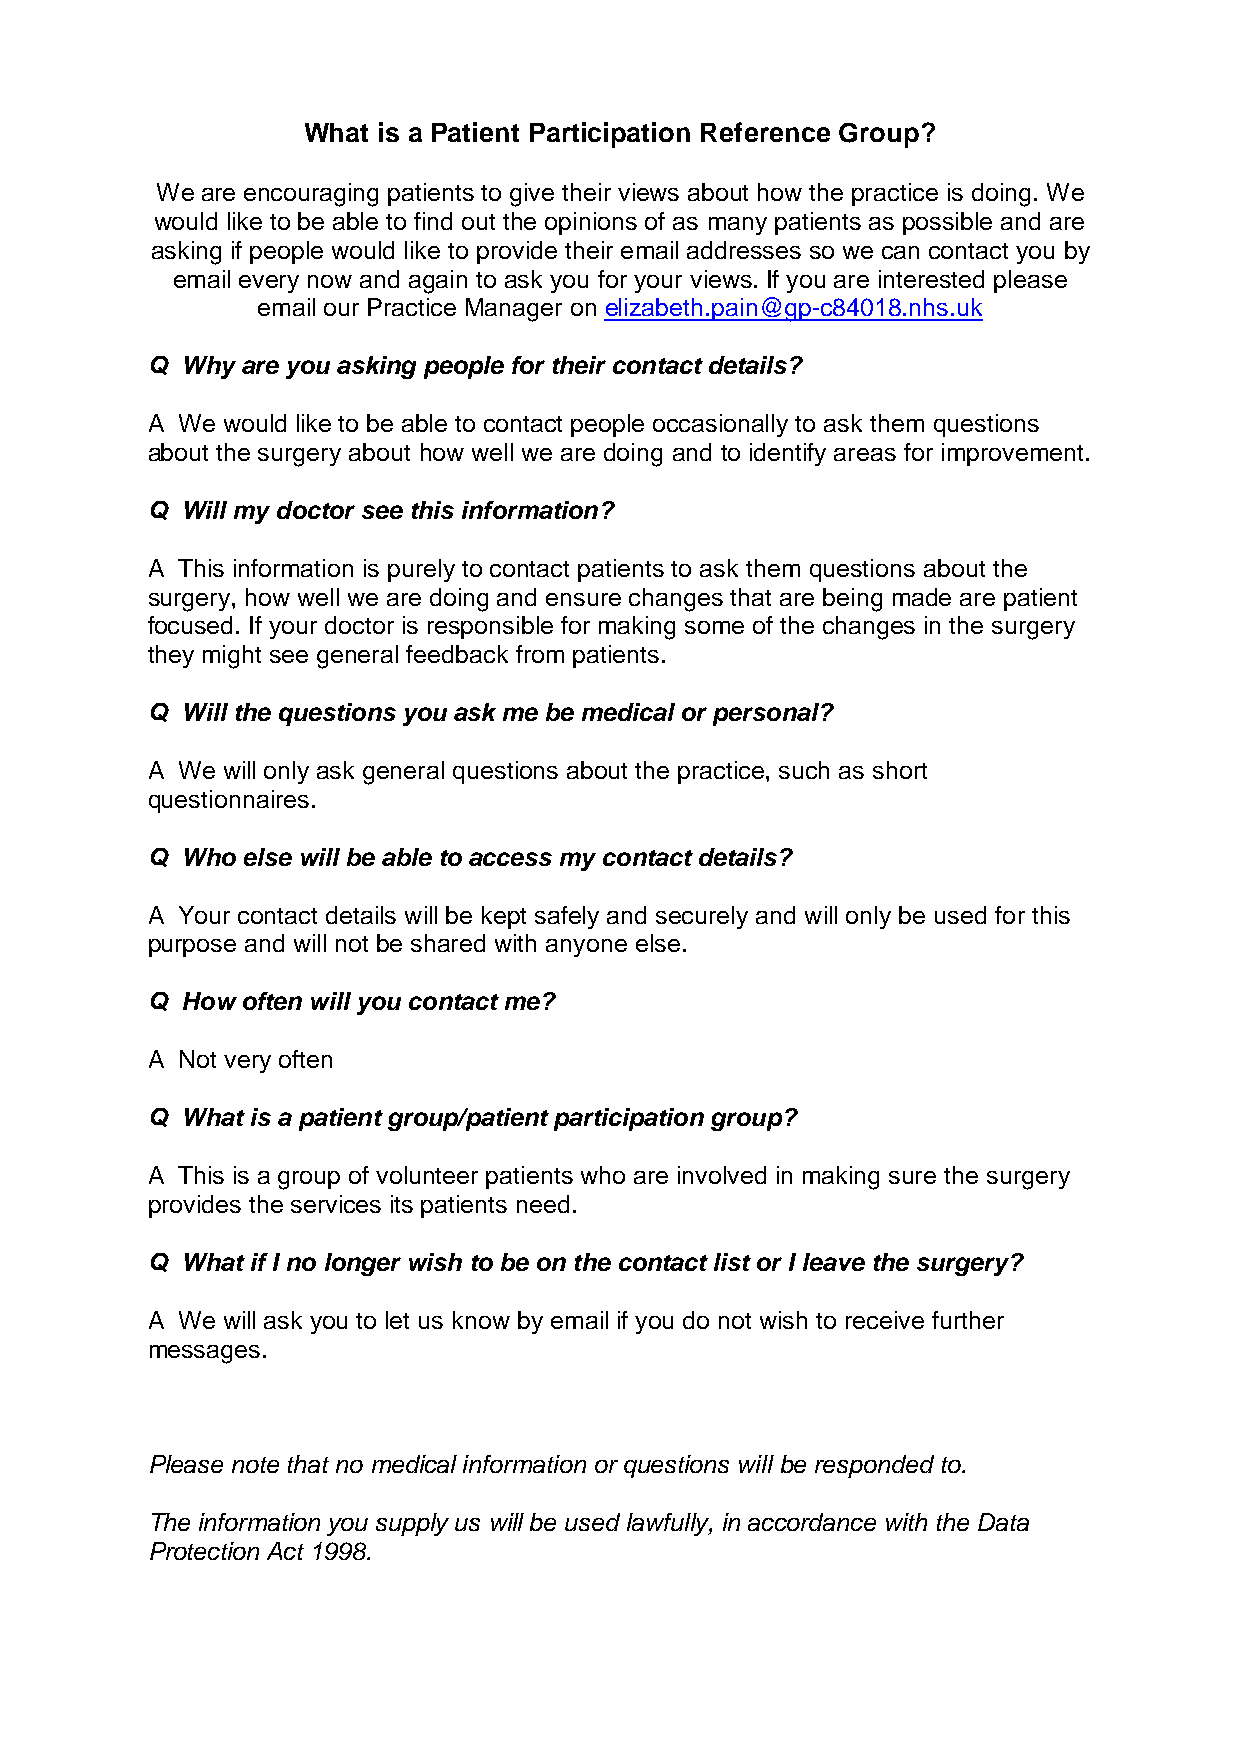
What is a Patient Participation Reference Group?
 We are encouraging patients to give their views about how the practice is doing. We
 would like to be able to find out the opinions of as many patients as possible and are
 asking if people would like to provide their email addresses so we can contact you by
 email every now and again to ask you for your views. If you are interested please
 email our Practice Manager on elizabeth.pain@gp-c84018.nhs.uk
 Q Why are you asking people for their contact details?
 A We would like to be able to contact people occasionally to ask them questions
 about the surgery about how well we are doing and to identify areas for improvement.
 Q Will my doctor see this information?
 A This information is purely to contact patients to ask them questions about the
 surgery, how well we are doing and ensure changes that are being made are patient
 focused. If your doctor is responsible for making some of the changes in the surgery
 they might see general feedback from patients.
 Q Will the questions you ask me be medical or personal?
 A We will only ask general questions about the practice, such as short
 questionnaires.
 Q Who else will be able to access my contact details?
 A Your contact details will be kept safely and securely and will only be used for this
 purpose and will not be shared with anyone else.
 Q How often will you contact me?
 A Not very often
 Q What is a patient group/patient participation group?
 A This is a group of volunteer patients who are involved in making sure the surgery
 provides the services its patients need.
 Q What if I no longer wish to be on the contact list or I leave the surgery?
 A We will ask you to let us know by email if you do not wish to receive further
 messages.
 Please note that no medical information or questions will be responded to.
 The information you supply us will be used lawfully, in accordance with the Data
 Protection Act 1998.